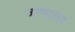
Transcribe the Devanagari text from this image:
जन्मात्तर